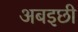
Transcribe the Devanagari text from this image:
अबइछी